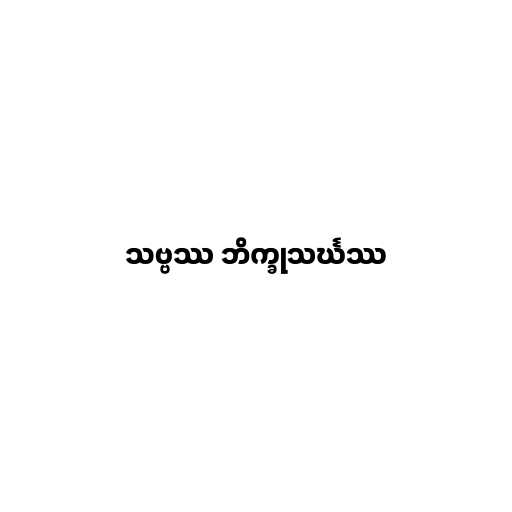
သဗ္ဗဿ ဘိက္ခုသင်္ဃဿ